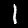
Label: 1